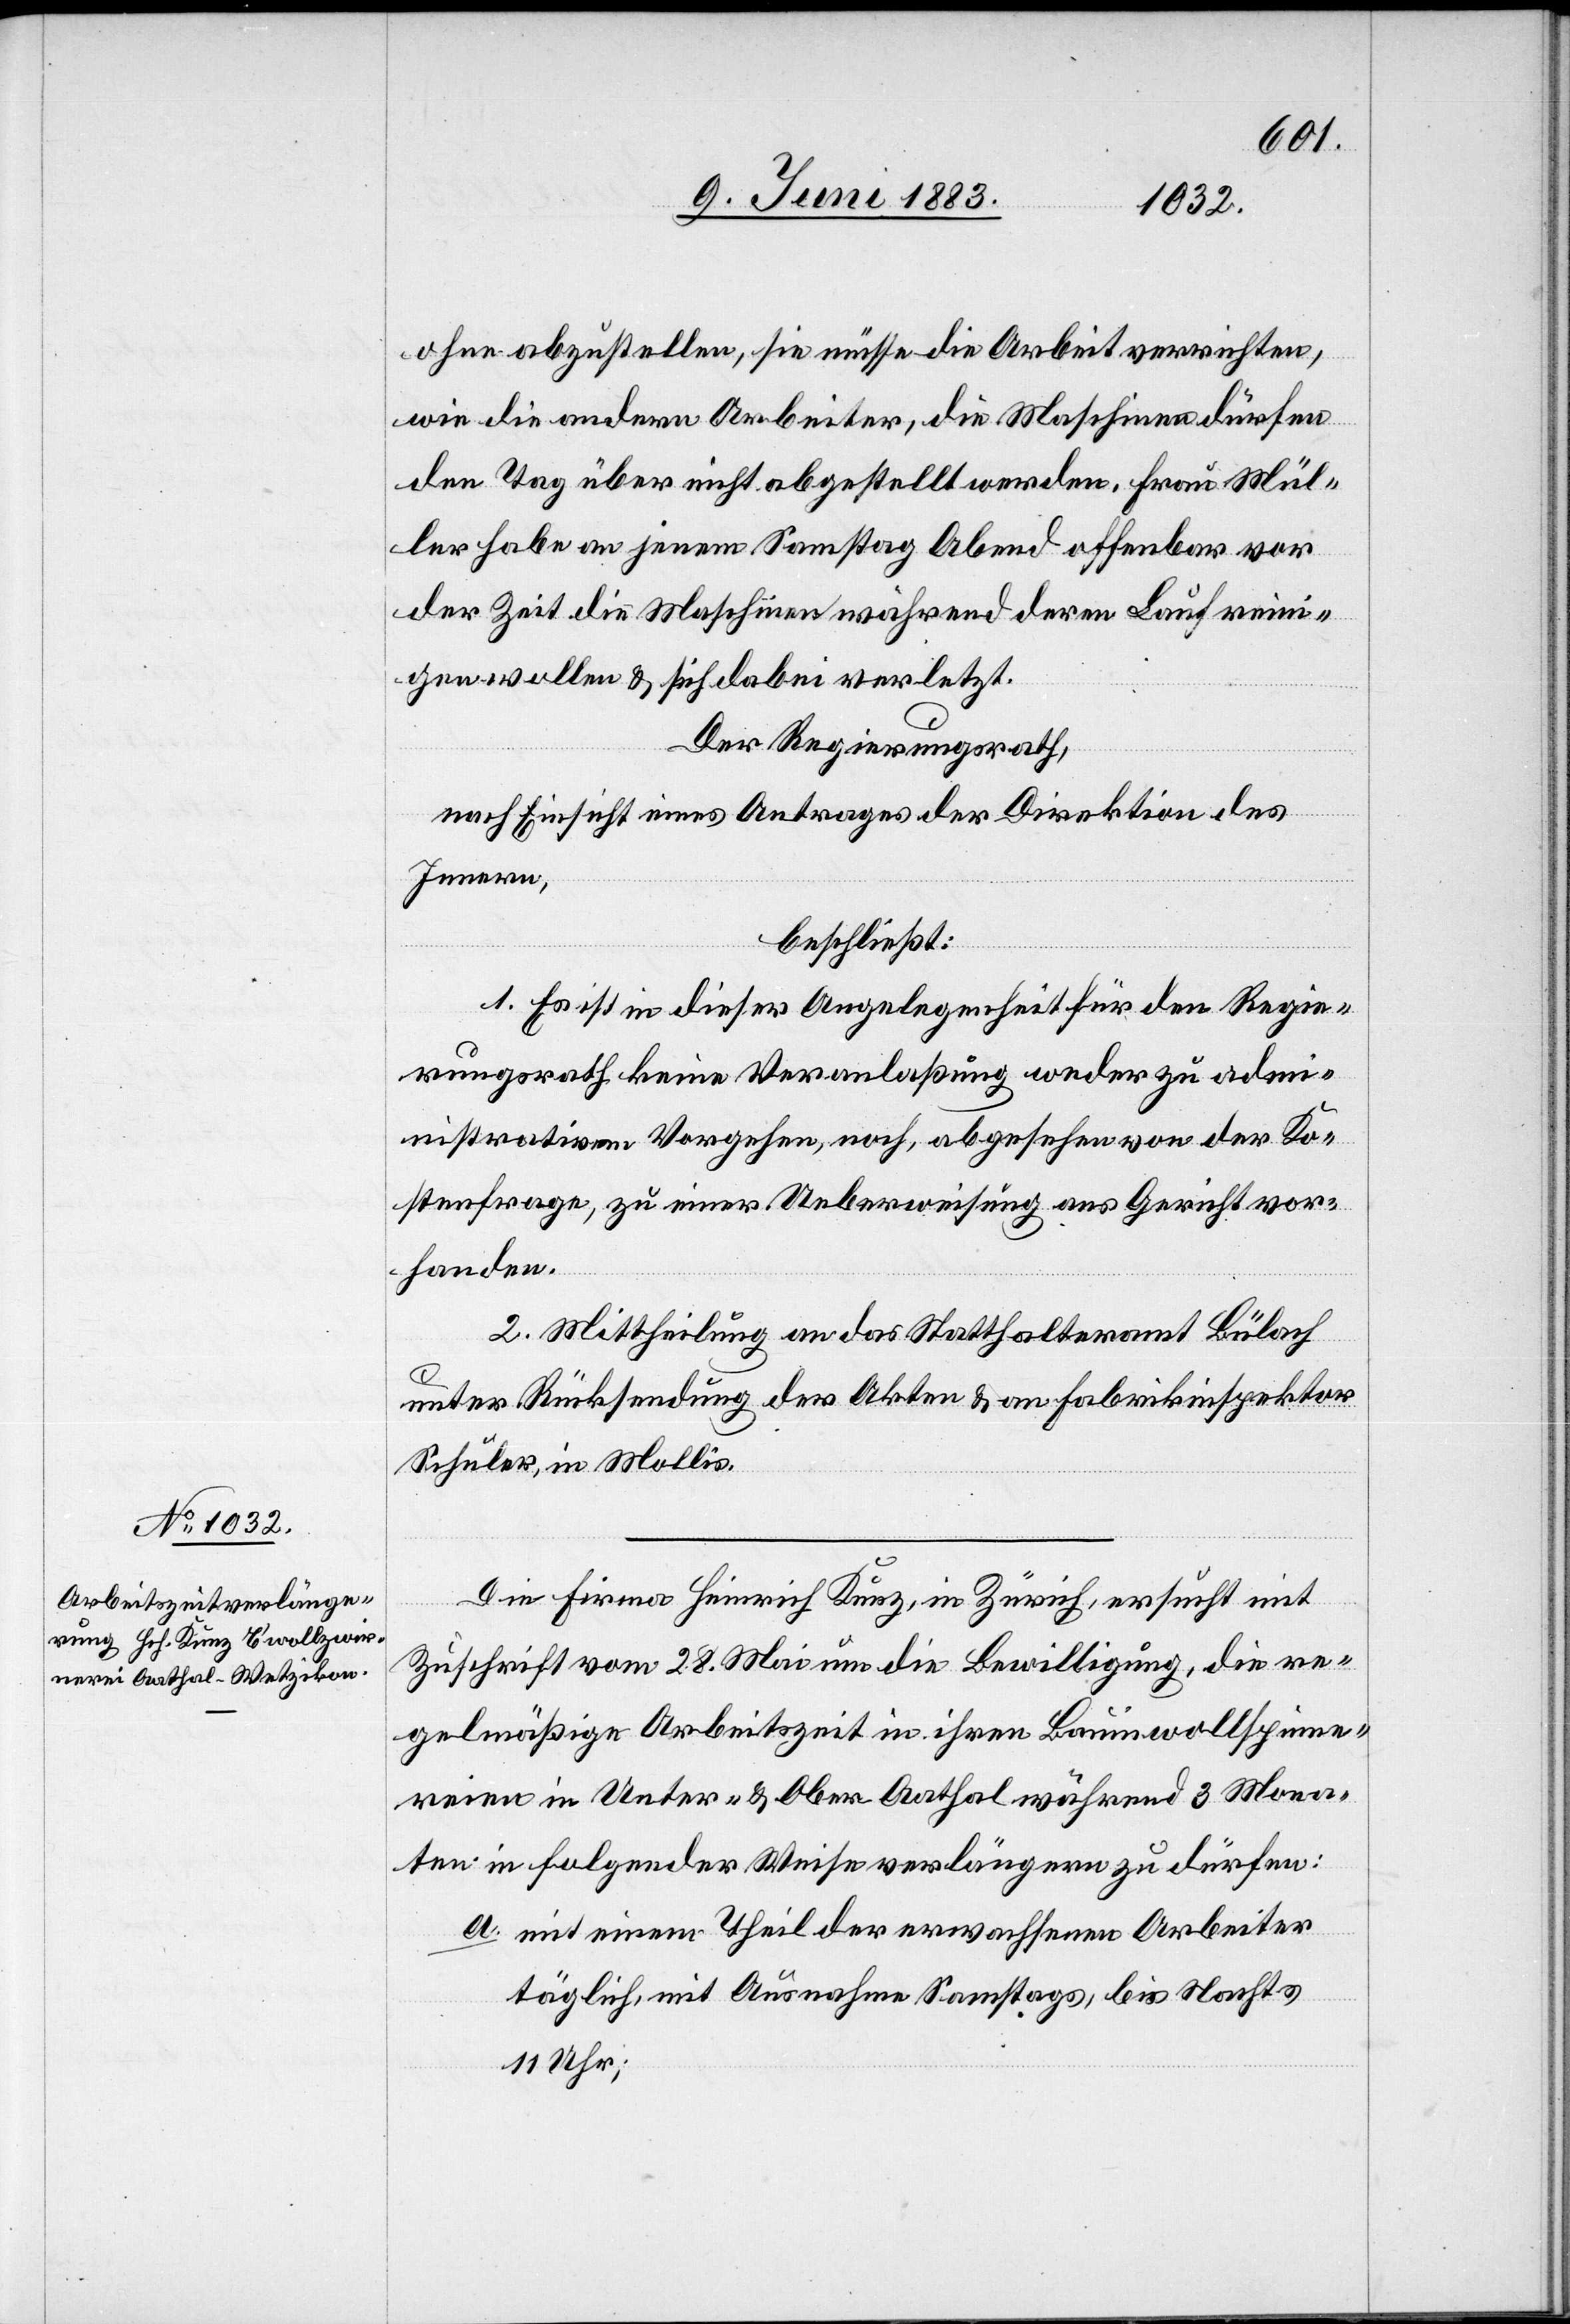
ohne abzustellen, sie müsse die Arbeit verrichten,
wie die andern Arbeiter, die Maschinen dürfen
den Tag über nicht abgestellt werden. Frau Mül¬
ler habe an jenem Samstag Abend offenbar vor
der Zeit die Maschinen während deren Lauf reini¬
gen wollen & sich dabei verletzt.
Der Regierungsrath,
nach Einsicht eines Antrages der Direktion des
Innern,
beschließt:
1. Es ist in dieser Angelegenheit für den Regie¬
rungsrath keine Veranlaßung weder zu adm¬
inistrativem Vorgehen, noch, abgesehen von der Ko¬
stenfrage, zu einer Ueberweisung ans Gericht vor¬
handen.
2. Mittheilung an das Statthalteramt Bülach
unter Rücksendung der Akten & an Fabrikinspektor
Schuler, in Mollis.
Die Firma Heinrich Kunz, in Zürich, ersucht mit
Zuschrift vom 28. Mai um die Bewilligung, die re¬
gelmäßige Arbeitszeit in ihren Baumwollspinne¬
reien in Unter- & Ober-Aathal während 3 Mona¬
ten in folgender Weise verlängern zu dürfen:
a. mit einem Theil der erwachsenen Arbeiter
täglich, mit Ausnahme Samstags, bis Nachts
11 Uhr;